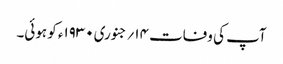
آپ کی وفات ۱۴؍جنوری ۱۹۳۰ء کو ہوئی۔